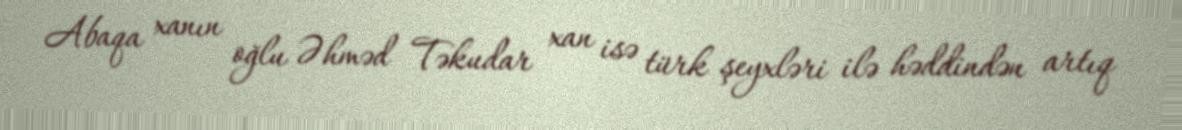
Abaqa xanın oğlu Əhməd Təkudar xan isə türk şeyxləri ilə həddindən artıq